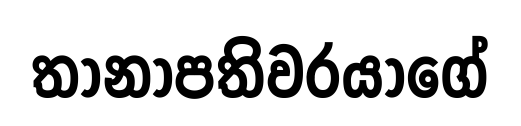
තානාපතිවරයාගේ